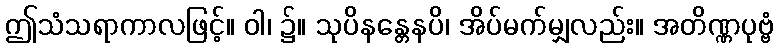
ဤသံသရာကာလဖြင့်။ ဝါ၊ ၌။ သုပိနန္တေနပိ၊ အိပ်မက်မျှလည်း။ အတိဏ္ဏပုဗ္ဗံ